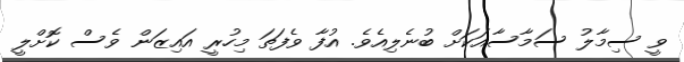
ވީ ސިމާލު ސަމާސާއަކަށް ބުނެލިއެވެ. އުފާ ވެފަތަ މިހުރީ އައިޒަން ވެސް ކޮށްލީ